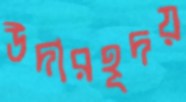
উদারহূদয়